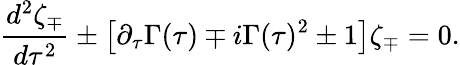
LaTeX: \frac{d^{2}\zeta_{\mp}}{d\tau^{2}}\pm\left[\partial_{\tau}\Gamma(\tau)\mp i\Gamma(\tau)^{2}\pm 1\right]\zeta_{\mp}=0.